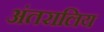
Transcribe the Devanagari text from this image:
अंतरालिय